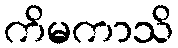
ကိမကာသိ